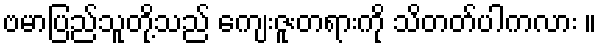
ဗမာပြည်သူတို့သည် ကျေးဇူးတရားကို သိတတ်ပါကလား ။